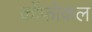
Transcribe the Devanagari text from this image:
कोंफोकल